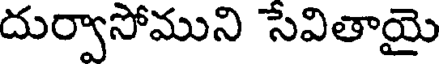
దుర్వాసోముని సేవితాయై